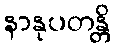
နာနုပတန္တိ